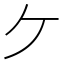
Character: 𫡏